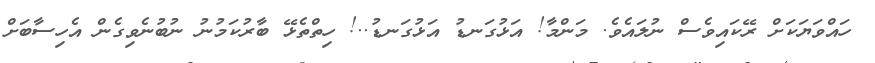
ހައްވަޔަކަށް ރޭކައިވެސް ނުލައެވެ. މަންމާ! އަޅުގަނޑު އަޅުގަނޑު..! ހިތްތެޅޭ ބާރުކަމުނު ނުބުނެވިގެން އެހިސާބަށް